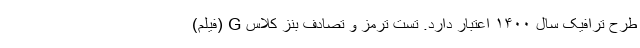
طرح ترافیک سال ۱۴۰۰ اعتبار دارد. تست ترمز و تصادف بنز کلاس G (فیلم)